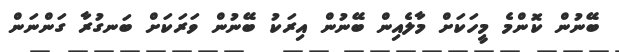
ބޭނުން ކޮންމެ މީހަކަށް މާލެއިން ބޭނުން އިރަކު ބޭނުން ވަރަކަށް ބަނގުރާ ގަންނަން